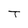
Character: T